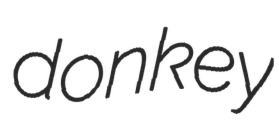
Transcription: donkey